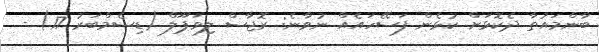
ބާންމައުތާ ދެކޮޅަށް ކުޅެން ފަސޭހައެއް ނުވާނެ: ރޮޖާސް ލިވަޕޫލް (ޑިސެމްބަރު 17) -